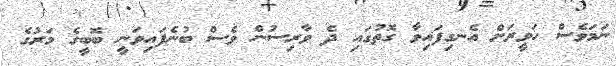
ނަމަވެސް ހަވީރަށް އެނގިފައިވާ ގޮތުގައި ދެ ވާރިސުން ވެސް ބުނެފައިވަނީ ބޮބީގެ މަރުގެ